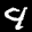
Label: 4